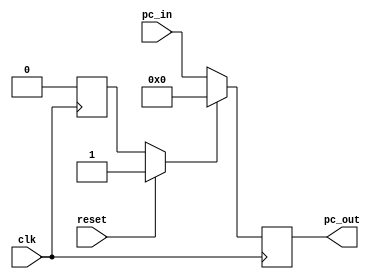
`timescale 1ps/1ps 
module PC(clk,reset,
	  pc_in,
          pc_out);

//parameter
parameter PC_WIDTH_LENGTH=32;


//inputs
input clk, reset;
reg soft_reset;
input [PC_WIDTH_LENGTH-1:0] pc_in;

initial soft_reset=1;

//outputs
output reg [PC_WIDTH_LENGTH-1:0] pc_out;


//main function
always@(posedge clk) begin
   if (reset==1) soft_reset=1;
   if (soft_reset==1)
        begin
           pc_out = 32'b00000000_00000000_00000000_00000000;
	   soft_reset=0;
        end
   else 
        begin
           pc_out=pc_in;
        end 
end
endmodule